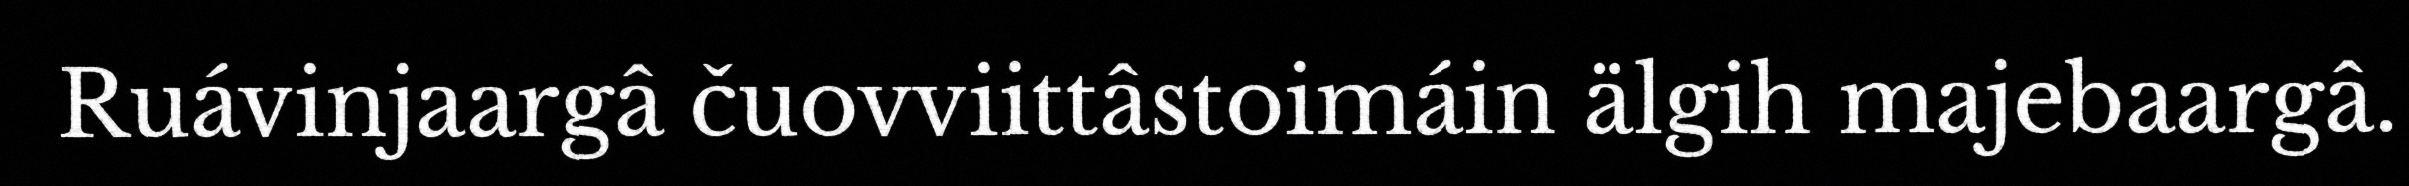
Ruávinjaargâ čuovviittâstoimáin älgih majebaargâ.